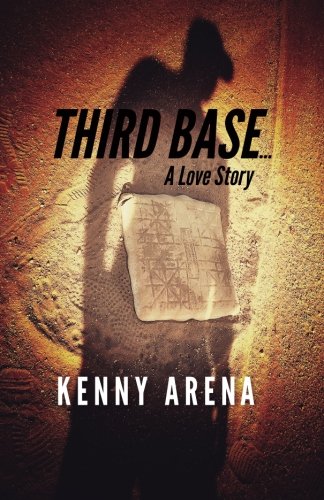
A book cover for Third Base... A Love Story; Kenny Arena; Literature & Fiction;